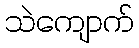
သဲကျောက်